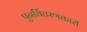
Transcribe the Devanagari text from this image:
पुनर्वितरणकारी